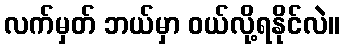
လက်မှတ် ဘယ်မှာ ဝယ်လို့ရနိုင်လဲ။